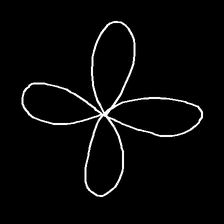
Glyph: billowing